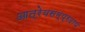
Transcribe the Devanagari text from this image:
आत्रेयसम्प्रदाय